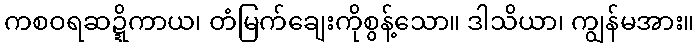
ကစဝရဆဍ္ဍိကာယ၊ တံမြက်ချေးကိုစွန့်သော။ ဒါသိယာ၊ ကျွန်မအား။